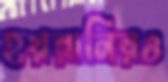
হয়রানিরও